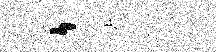
，考輝